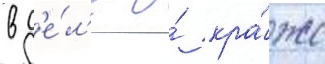
в д'е́л'е о́ кра́же